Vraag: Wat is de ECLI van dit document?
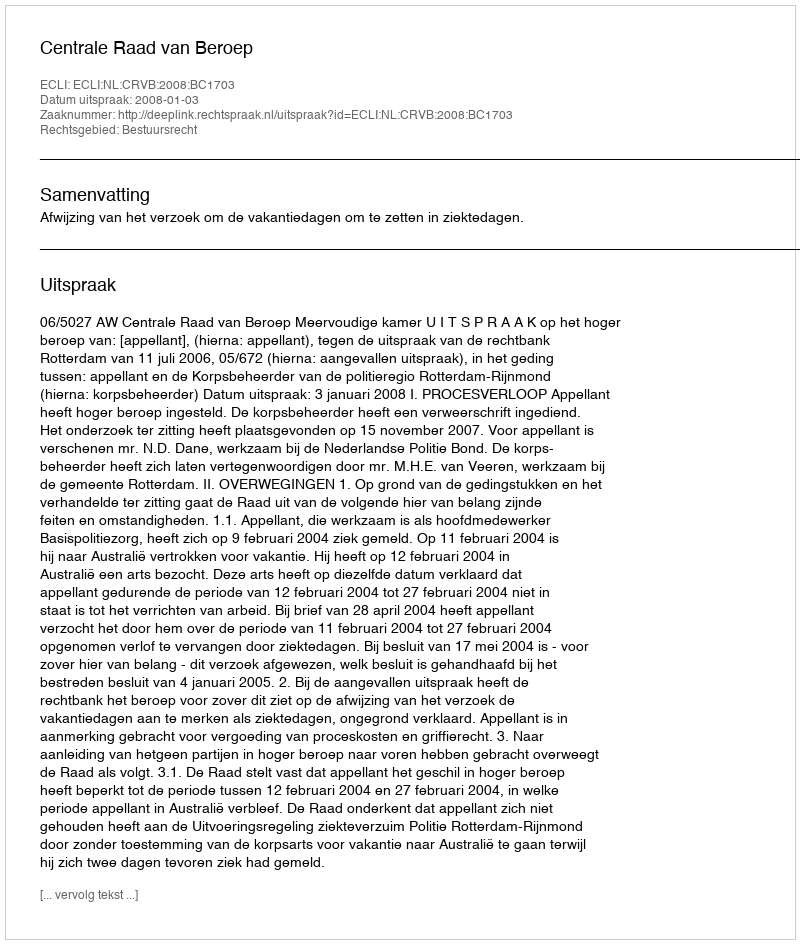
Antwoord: ECLI:NL:CRVB:2008:BC1703